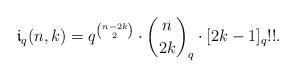
LaTeX: \begin{align*}\mathfrak i_q(n,k) =q^{{{n-2k}\choose 2}}\cdot{n\choose{2k}}_q\cdot [2k-1]_q!!.\end{align*}